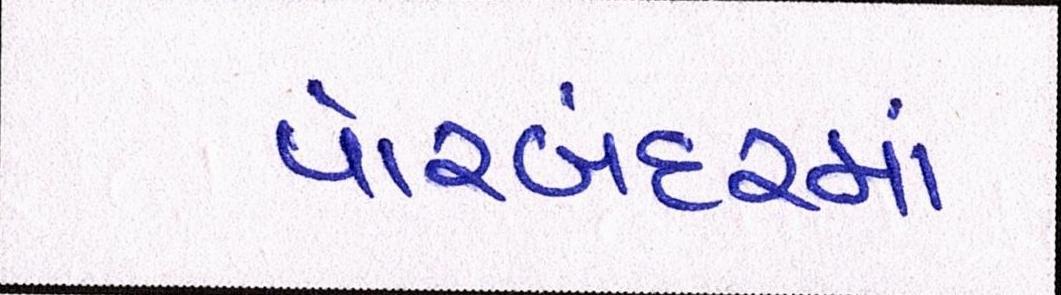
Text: પોરબંદરમાં